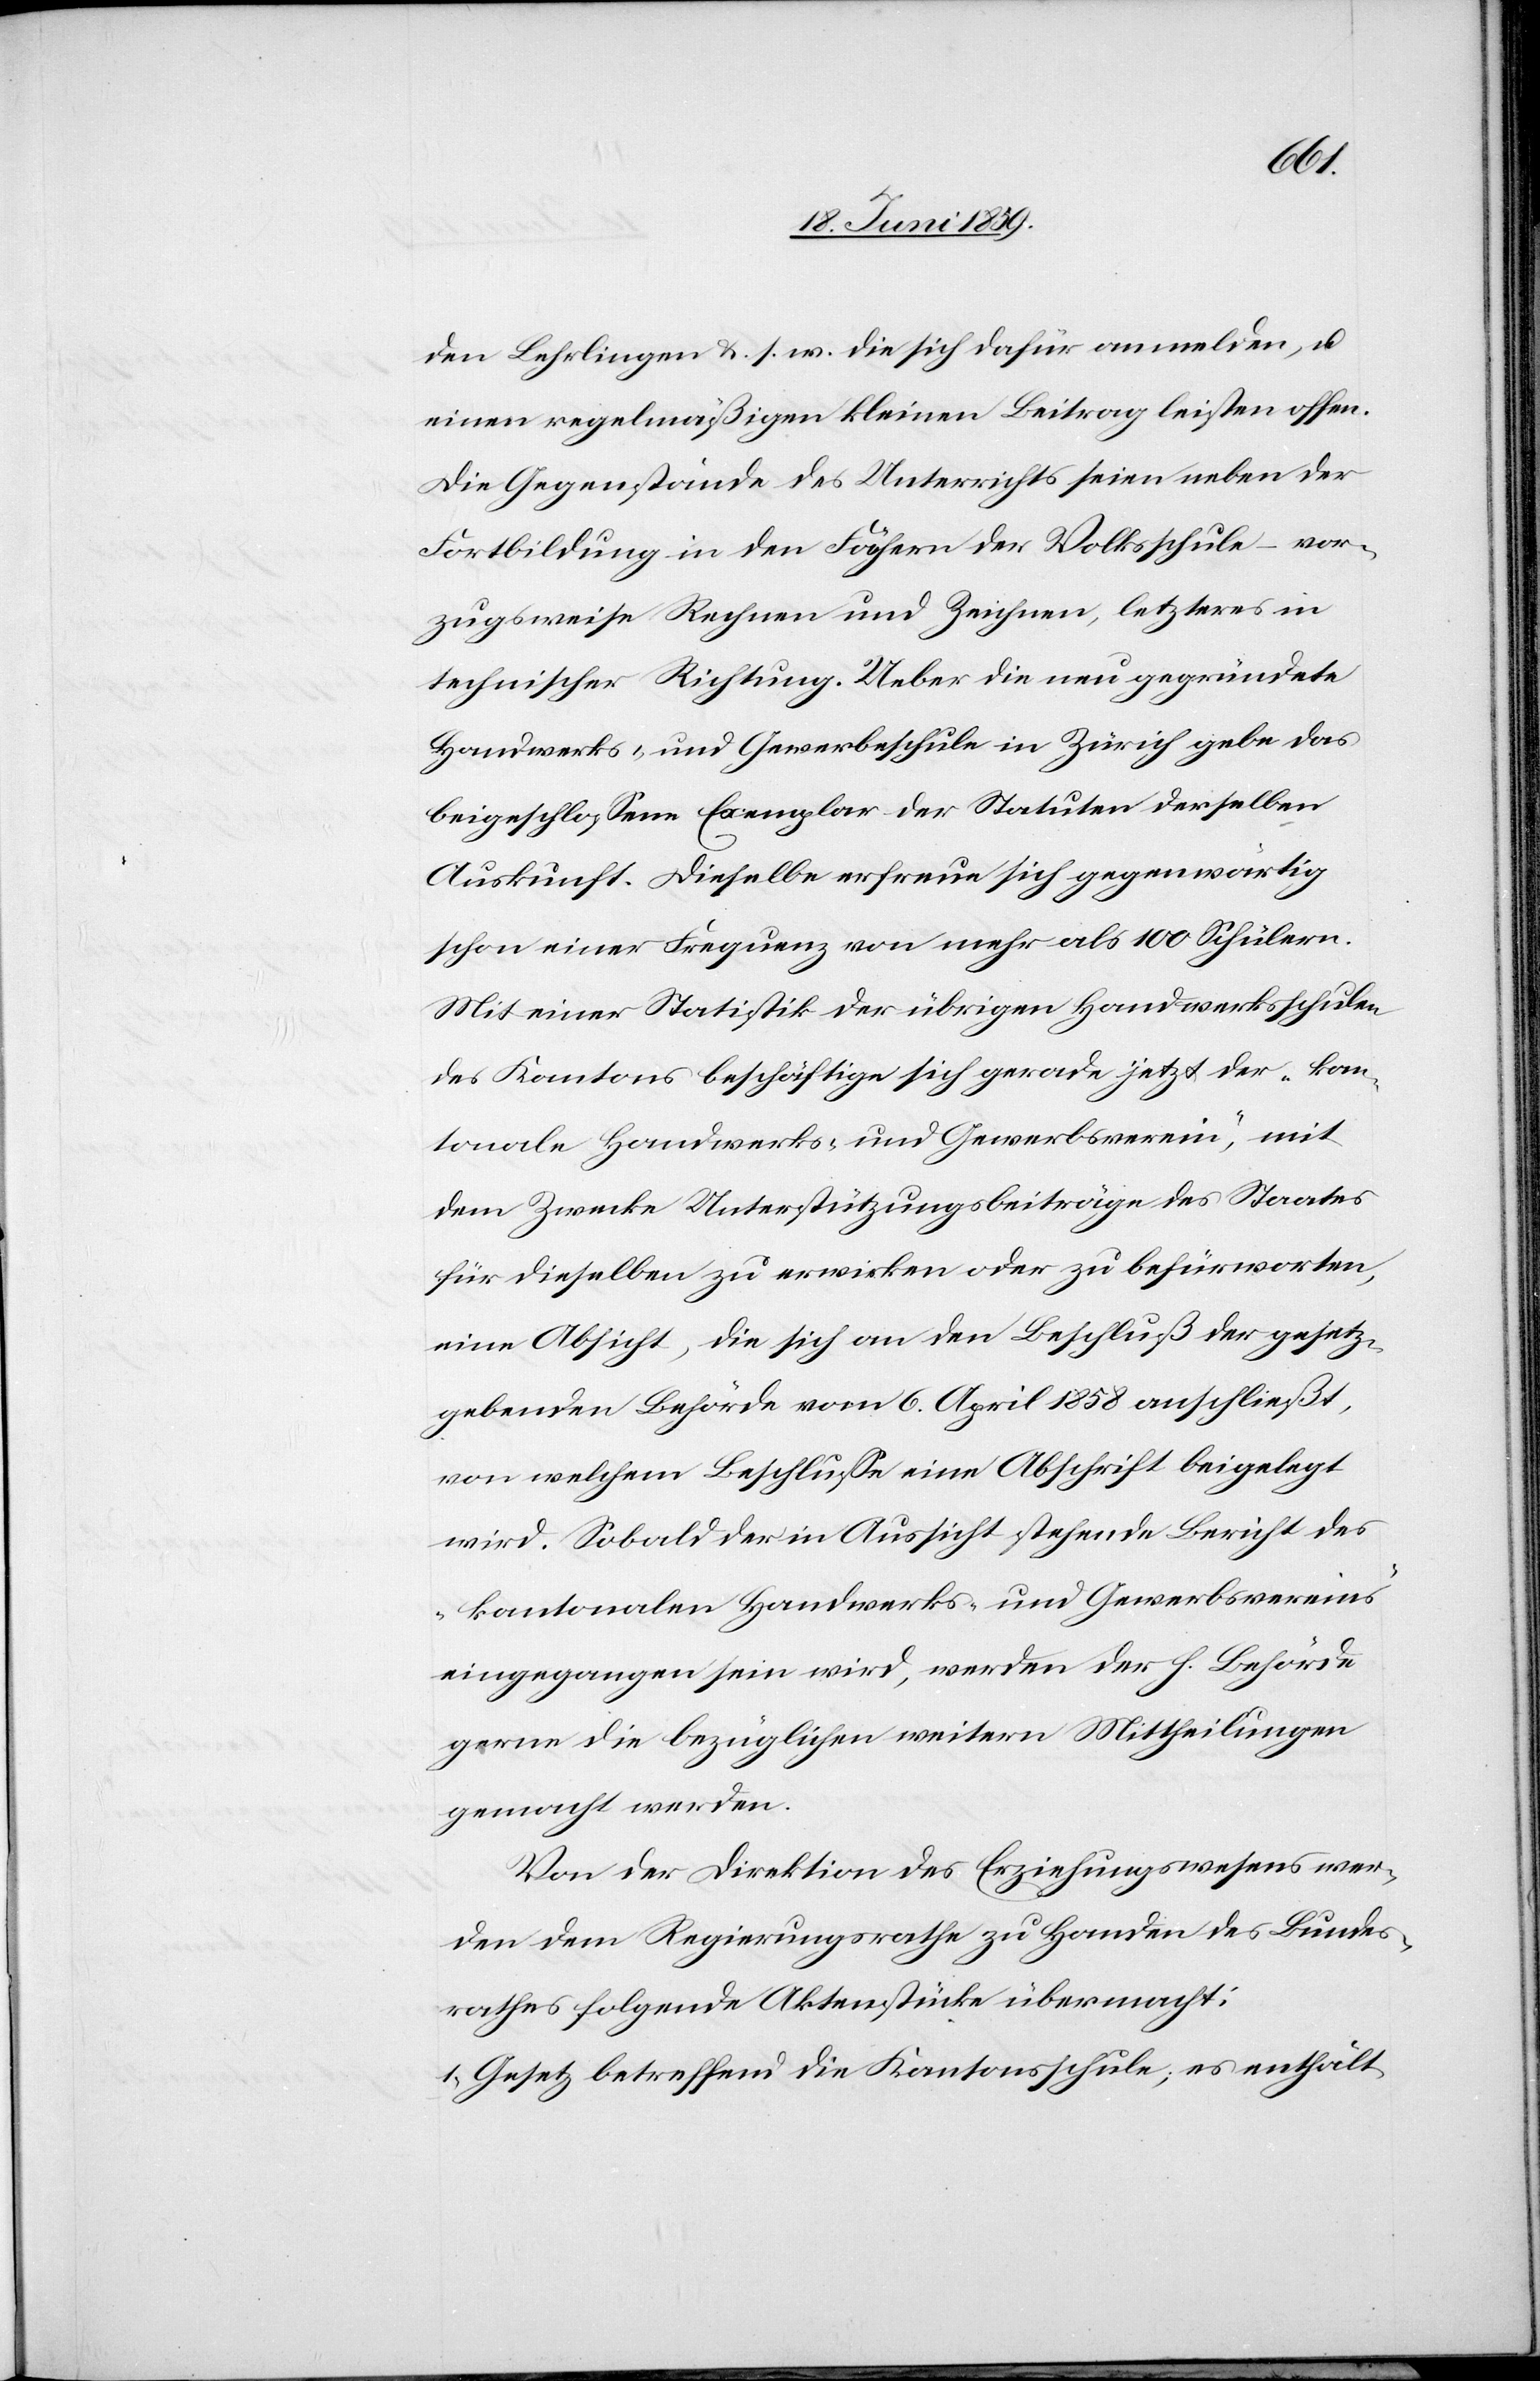
den Lehrlingen u. s. w. die sich dafür anmelden, u.
einen regelmäßigen kleinen Beitrag leisten offen.
Die Gegenstände des Unterrichts seien neben der
Fortbildung in den Fächern der Volkschule – vor¬
zugsweise Rechnen und Zeichnen, letzteres in
technischer Richtung. Ueber die neu gegründete
Handwerks- und Gewerbeschule in Zürich gebe das
beigeschlossene Exemplar der Statuten derselben
Auskunft. Dieselbe erfreue sich gegenwärtig
schon einer Frequenz von mehr als 100 Schülern.
Mit einer Statistik der übrigen Handwerksschulen
des Kantons beschäftige sich gerade jetzt der „kan¬
tonale Handwerks- und Gewerbsverein“, mit
dem Zwecke Unterstützungsbeiträge des Staates
für dieselben zu erwirken oder zu befürworten,
eine Absicht, die sich an den Beschluß der gesetz¬
gebenden Behörde vom 6. April 1858 anschließt,
von welchem Beschlusse eine Abschrift beigelegt
wird. Sobald der in Aussicht stehende Bericht des
„Kantonalen Handwerks- und Gewerbsvereines“
eingegangen sein wird, werden der h. Behörde
gerne die bezüglichen weiteren Mittheilungen
gemacht werden.
Von der Direktion des Erziehungswesens wer¬
den dem Regierungsrathe zu Handen des Bundes¬
rathes folgende Aktenstücke übermacht:
1) Gesetz betreffend die Kantonsschule; es enthält